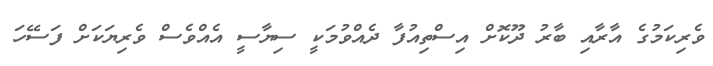
ވެރިކަމުގެ އާރާއި ބާރު ދޫކޮށް އިސްތިއުފާ ދެއްވުމަކީ ސިޔާސީ އެއްވެސް ވެރިޔަކަށް ފަސޭހަ